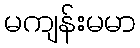
မကျန်းမမာ